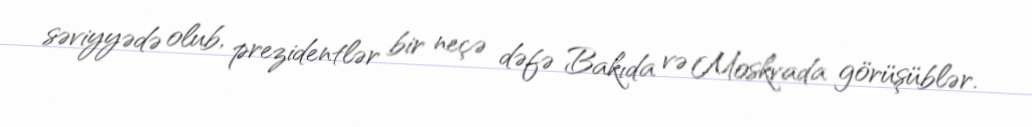
səviyyədə olub, prezidentlər bir neçə dəfə Bakıda və Moskvada görüşüblər.